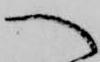
へ